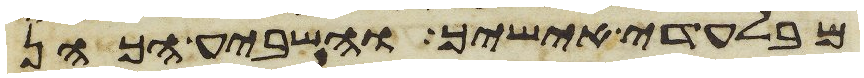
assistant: מבלעדי אישיך והשביע הכהן